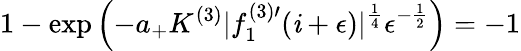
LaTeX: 1-\exp\left(-a_{+}K^{(3)}|f_{1}^{(3)\prime}(\mathit{i}+\epsilon)|^{\frac{{1}}{{4}}}\epsilon^{-\frac{{1}}{{2}}}\right)=-1